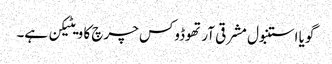
گویا استنبول مشرقی آرتھوڈوکس چرچ کا ویٹیکن ہے۔